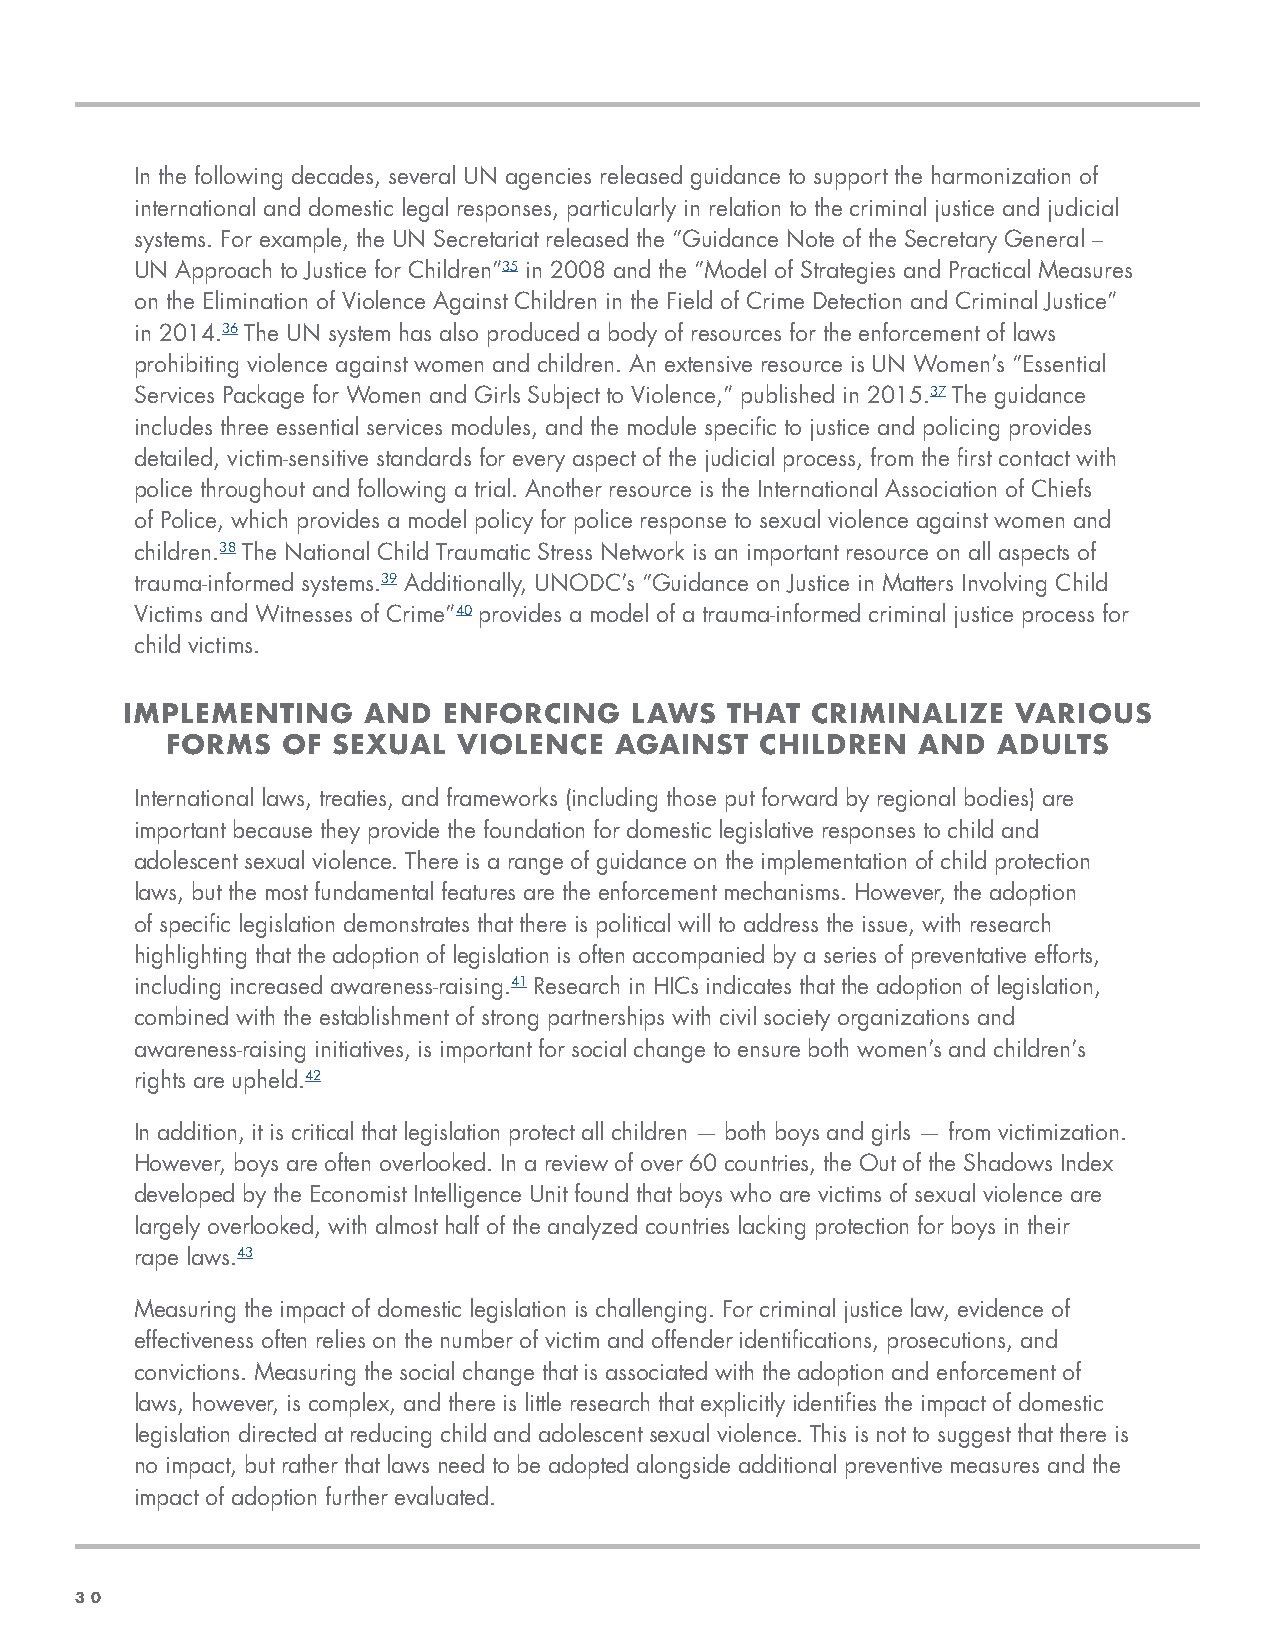
In the following decades, several UN agencies released guidance to support the harmonization of
 international and domestic legal responses, particularly in relation to the criminal justice and judicial
 systems. For example, the UN Secretariat released the “Guidance Note of the Secretary General –
 UN Approach to Justice for Children”35 in 2008 and the “Model of Strategies and Practical Measures
 on the Elimination of Violence Against Children in the Field of Crime Detection and Criminal Justice”
 in 2014.36 The UN system has also produced a body of resources for the enforcement of laws
 prohibiting violence against women and children. An extensive resource is UN Women’s “Essential
 Services Package for Women and Girls Subject to Violence,” published in 2015.37 The guidance
 includes three essential services modules, and the module specific to justice and policing provides
 detailed, victim-sensitive standards for every aspect of the judicial process, from the first contact with
 police throughout and following a trial. Another resource is the International Association of Chiefs
 of Police, which provides a model policy for police response to sexual violence against women and
 children.38 The National Child Traumatic Stress Network is an important resource on all aspects of
 trauma-informed systems.39 Additionally, UNODC’s “Guidance on Justice in Matters Involving Child
 Victims and Witnesses of Crime”40 provides a model of a trauma-informed criminal justice process for
 child victims.
 IMPLEMENTING    AND  ENFORCING    LAWS  THAT  CRIMINALIZE  VARIOUS
 FORMS   OF SEXUAL  VIOLENCE   AGAINST  CHILDREN   AND  ADULTS
 International laws, treaties, and frameworks (including those put forward by regional bodies) are
 important because they provide the foundation for domestic legislative responses to child and
 adolescent sexual violence. There is a range of guidance on the implementation of child protection
 laws, but the most fundamental features are the enforcement mechanisms. However, the adoption
 of specific legislation demonstrates that there is political will to address the issue, with research
 highlighting that the adoption of legislation is often accompanied by a series of preventative efforts,
 including increased awareness-raising.41 Research in HICs indicates that the adoption of legislation,
 combined with the establishment of strong partnerships with civil society organizations and
 awareness-raising initiatives, is important for social change to ensure both women’s and children’s
 rights are upheld.42
 In addition, it is critical that legislation protect all children — both boys and girls — from victimization.
 However, boys are often overlooked. In a review of over 60 countries, the Out of the Shadows Index
 developed by the Economist Intelligence Unit found that boys who are victims of sexual violence are
 largely overlooked, with almost half of the analyzed countries lacking protection for boys in their
 rape laws.43
 Measuring the impact of domestic legislation is challenging. For criminal justice law, evidence of
 effectiveness often relies on the number of victim and offender identifications, prosecutions, and
 convictions. Measuring the social change that is associated with the adoption and enforcement of
 laws, however, is complex, and there is little research that explicitly identifies the impact of domestic
 legislation directed at reducing child and adolescent sexual violence. This is not to suggest that there is
 no impact, but rather that laws need to be adopted alongside additional preventive measures and the
 impact of adoption further evaluated.
 3300